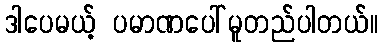
ဒါပေမယ့် ပမာဏပေါ်မူတည်ပါတယ်။